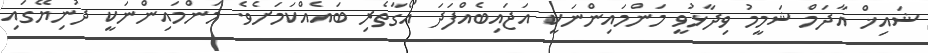
ޝައިޚް އާދަމް ޝަމީމު ވިދާޅުވީ މަންމައިންނަކީ އަޖައިބެއްފަދަ އޯގާތެރި ބައެއްކަމަށެވެ. މަންމައިންނަކީ ދުނިޔޭގައި